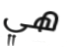
هي